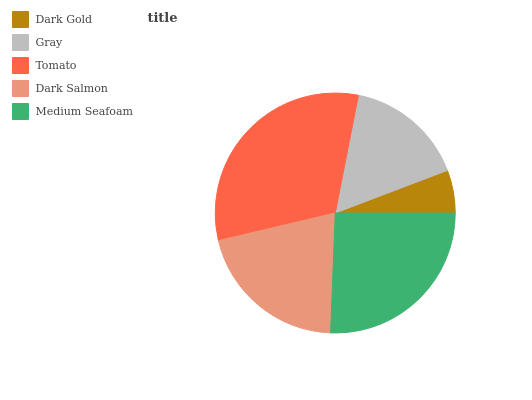
| Dark Gold | Gray | Tomato | Dark Salmon | Medium Seafoam |
 | --- | --- | --- | --- | --- |
 | 5.78% | 16.1% | 31.8% | 20.7% | 25.6% |